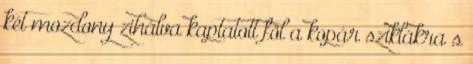
két mozdony zihálva kaptatott föl a kopár sziklákra s